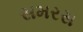
સમરસ